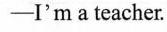
-I'm a teacher.x